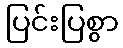
ပြင်းပြစွာ